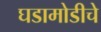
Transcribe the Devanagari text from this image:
घडामोडीचे